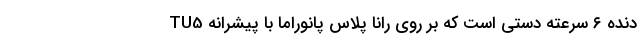
دنده ۶ سرعته دستی است که بر روی رانا پلاس پانوراما با پیشرانه TU5